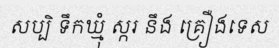
សប្បិ ទឹកឃ្មុំ ស្ករ នឹង គ្រឿងទេស